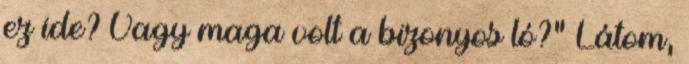
ez ide? Vagy maga volt a bizonyos ló?" Látom,